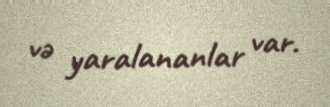
və yaralananlar var.